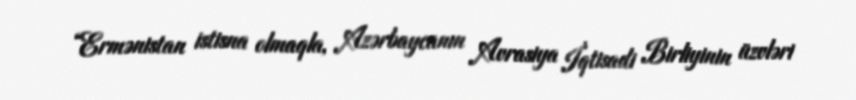
“Ermənistan istisna olmaqla, Azərbaycanın Avrasiya İqtisadi Birliyinin üzvləri